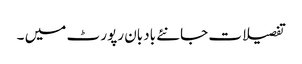
تفصیلات جانئے بادبان رپور ٹ میں ۔